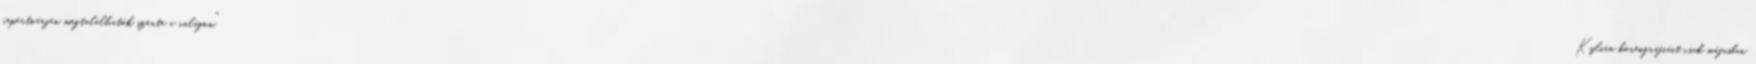
repertoárján megtalálhatók szerte a világon." Kylián koreográfiáit csak májusban